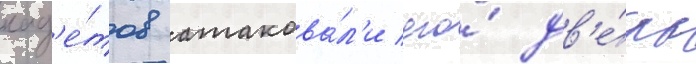
кад'е́тов атакова́л'и его́ дв'е́рь